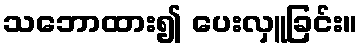
သဘောထား၍ ပေးလှူခြင်း။